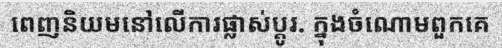
ពេញនិយមនៅលើការផ្លាស់ប្តូរ. ក្នុងចំណោមពួកគេ